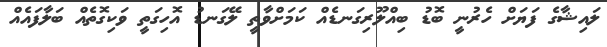
ލައިޝާގެ ފަޔަށް ހެރުނީ ބޮޑު ބިއްލޫރިގަނޑެއް ކަމަށްވާތީ ލޭގަނޑު އޮހިގަތީ ވަކިގޮތެއް ބަލާފައެއް